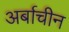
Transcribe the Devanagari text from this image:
अर्बाचीन